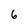
Character: 6